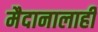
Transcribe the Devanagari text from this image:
मैदानालाही